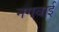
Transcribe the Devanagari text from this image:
नगवाई